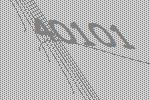
40101